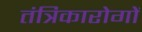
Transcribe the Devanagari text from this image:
तंत्रिकारोगों